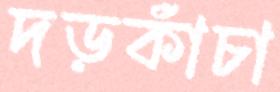
দড়কাঁচা